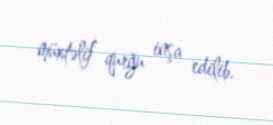
müxtəlif qurğu inşa edilib.